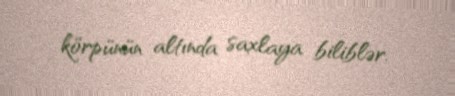
körpünün altında saxlaya biliblər.